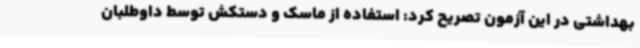
بهداشتی در این آزمون تصریح کرد: استفاده از ماسک و دستکش توسط داوطلبان